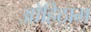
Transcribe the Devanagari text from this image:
ओहिठाम